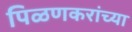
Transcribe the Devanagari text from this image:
पिळणकरांच्या